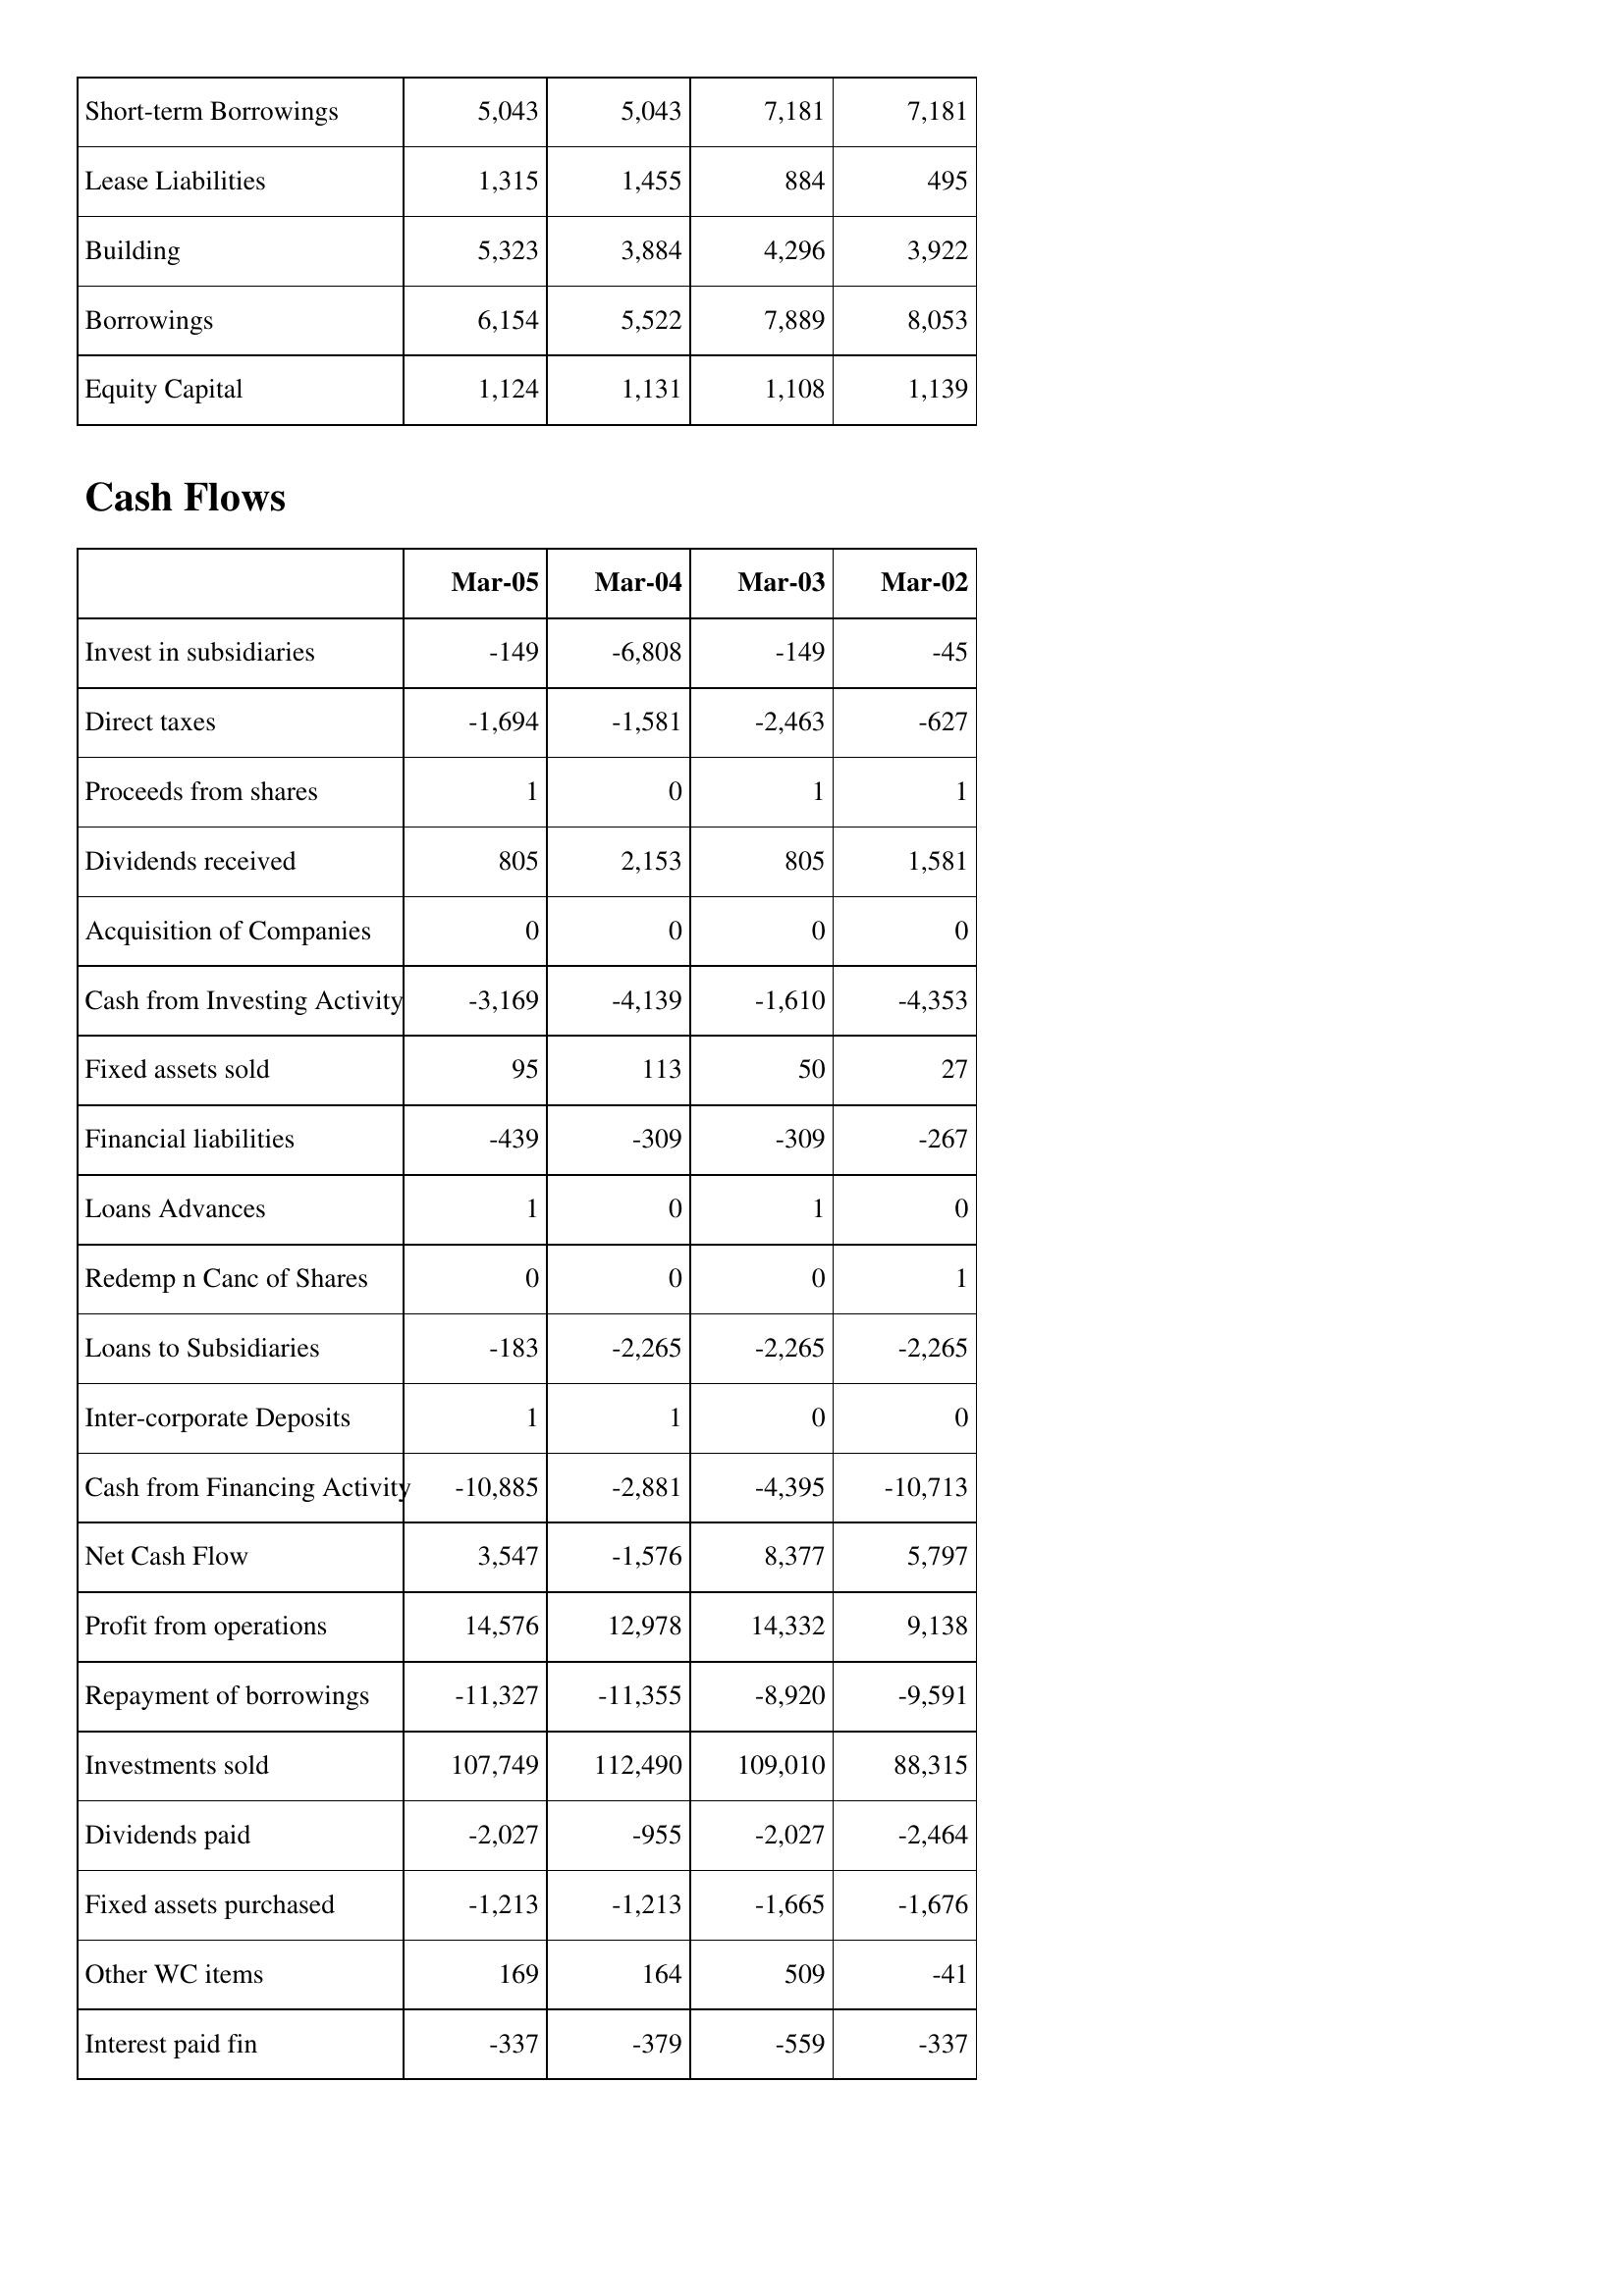
Mar-05: Balance Sheet: Short-term Borrowings: 5,043
Lease Liabilities: 1,315
Building: 5,323
Borrowings: 6,154
Equity Capital: 1,124
Cash Flows: Invest in subsidiaries: -149
Direct taxes: -1,694
Proceeds from shares: 1
Dividends received: 805
Acquisition of Companies: 0
Cash from Investing Activity: -3,169
Fixed assets sold: 95
Financial liabilities: -439
Loans Advances: 1
Redemp n Canc of Shares: 0
Loans to Subsidiaries: -183
Inter-corporate Deposits: 1
Cash from Financing Activity: -10,885
Net Cash Flow: 3,547
Profit from operations: 14,576
Repayment of borrowings: -11,327
Investments sold: 107,749
Dividends paid: -2,027
Fixed assets purchased: -1,213
Other WC items: 169
Interest paid fin: -337
Mar-04: Balance Sheet: Short-term Borrowings: 5,043
Lease Liabilities: 1,455
Building: 3,884
Borrowings: 5,522
Equity Capital: 1,131
Cash Flows: Invest in subsidiaries: -6,808
Direct taxes: -1,581
Proceeds from shares: 0
Dividends received: 2,153
Acquisition of Companies: 0
Cash from Investing Activity: -4,139
Fixed assets sold: 113
Financial liabilities: -309
Loans Advances: 0
Redemp n Canc of Shares: 0
Loans to Subsidiaries: -2,265
Inter-corporate Deposits: 1
Cash from Financing Activity: -2,881
Net Cash Flow: -1,576
Profit from operations: 12,978
Repayment of borrowings: -11,355
Investments sold: 112,490
Dividends paid: -955
Fixed assets purchased: -1,213
Other WC items: 164
Interest paid fin: -379
Mar-03: Balance Sheet: Short-term Borrowings: 7,181
Lease Liabilities: 884
Building: 4,296
Borrowings: 7,889
Equity Capital: 1,108
Cash Flows: Invest in subsidiaries: -149
Direct taxes: -2,463
Proceeds from shares: 1
Dividends received: 805
Acquisition of Companies: 0
Cash from Investing Activity: -1,610
Fixed assets sold: 50
Financial liabilities: -309
Loans Advances: 1
Redemp n Canc of Shares: 0
Loans to Subsidiaries: -2,265
Inter-corporate Deposits: 0
Cash from Financing Activity: -4,395
Net Cash Flow: 8,377
Profit from operations: 14,332
Repayment of borrowings: -8,920
Investments sold: 109,010
Dividends paid: -2,027
Fixed assets purchased: -1,665
Other WC items: 509
Interest paid fin: -559
Mar-02: Balance Sheet: Short-term Borrowings: 7,181
Lease Liabilities: 495
Building: 3,922
Borrowings: 8,053
Equity Capital: 1,139
Cash Flows: Invest in subsidiaries: -45
Direct taxes: -627
Proceeds from shares: 1
Dividends received: 1,581
Acquisition of Companies: 0
Cash from Investing Activity: -4,353
Fixed assets sold: 27
Financial liabilities: -267
Loans Advances: 0
Redemp n Canc of Shares: 1
Loans to Subsidiaries: -2,265
Inter-corporate Deposits: 0
Cash from Financing Activity: -10,713
Net Cash Flow: 5,797
Profit from operations: 9,138
Repayment of borrowings: -9,591
Investments sold: 88,315
Dividends paid: -2,464
Fixed assets purchased: -1,676
Other WC items: -41
Interest paid fin: -337